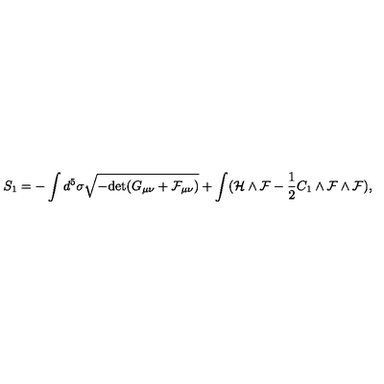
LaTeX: S _ { 1 } = - \int d ^ { 5 } \sigma \sqrt { - \mathrm { d e t } ( G _ { \mu \nu } + \cal F _ { \mu \nu } ) } + \int ( { \cal H } \wedge { \cal F } - \frac { 1 } { 2 } C _ { 1 } \wedge { \cal F } \wedge { \cal F } ) ,